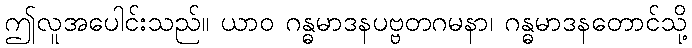
ဤလူအပေါင်းသည်။ ယာဝ ဂန္ဓမာဒနပဗ္ဗတဂမနာ၊ ဂန္ဓမာဒနတောင်သို့